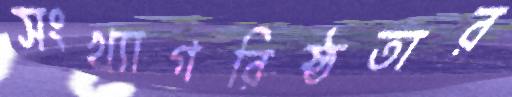
সংখ্যাগরিষ্ঠতার